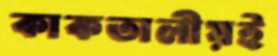
কাকতালীয়ই